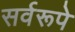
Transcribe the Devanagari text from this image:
सर्वरूपे